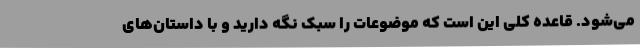
می‌شود. قاعده کلی این است که موضوعات را سبک نگه دارید و با داستان‌های